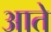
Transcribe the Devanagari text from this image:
आते